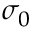
\sigma _ { 0 }